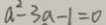
a ^ { 2 } - 3 a - 1 = 0